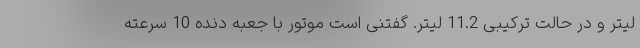
لیتر و در حالت ترکیبی 11.2 لیتر. گفتنی است موتور با جعبه دنده 10 سرعته